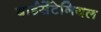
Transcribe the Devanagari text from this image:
बाईसेंटेनियल